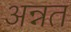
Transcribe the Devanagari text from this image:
अन्नत